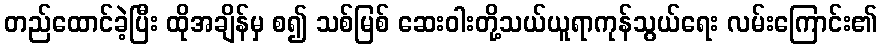
တည်ထောင်ခဲ့ပြီး ထိုအချိန်မှ စ၍ သစ်မြစ် ဆေးဝါးတို့သယ်ယူရာကုန်သွယ်ရေး လမ်းကြောင်း၏